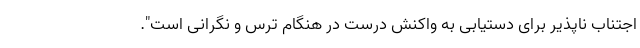
اجتناب ناپذیر برای دستیابی به واکنش درست در هنگام ترس و نگرانی است".